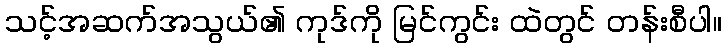
သင့်အဆက်အသွယ်၏ ကုဒ်ကို မြင်ကွင်း ထဲတွင် တန်းစီပါ။